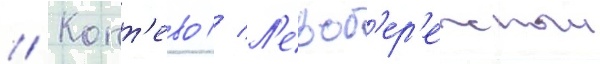
// Копт'ево // Л'евоб'ер'ежныи